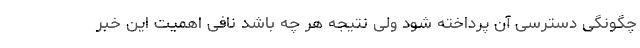
چگونگی دسترسی آن پرداخته شود ولی نتیجه هر چه باشد نافی اهمیت این خبر